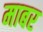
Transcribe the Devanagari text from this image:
माबर